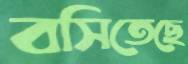
বসিতেছে